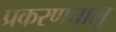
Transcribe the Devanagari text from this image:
प्रकरणेचालू